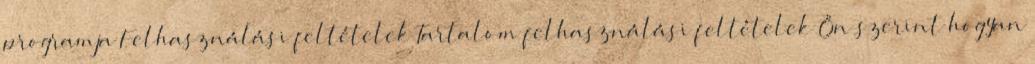
programja Felhasználási feltételek Tartalom felhasználási feltételek Ön szerint hogyan